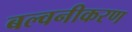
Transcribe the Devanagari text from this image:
बल्वनीकरण